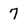
Character: 7